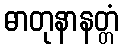
ဓာတုနာနတ္တံ